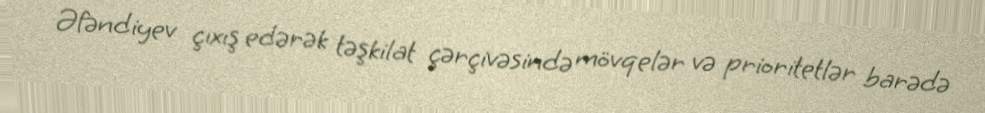
Əfəndiyev çıxış edərək təşkilat çərçivəsində mövqelər və prioritetlər barədə